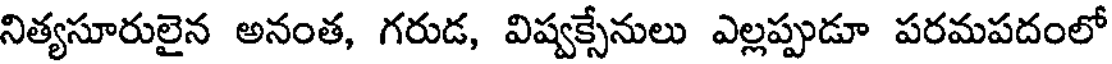
నిత్యసూరులైన అనంత, గరుడ, విష్వక్సేనులు ఎల్లప్పుడూ పరమపదంలో